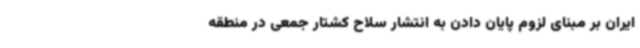
ایران بر مبنای لزوم پایان دادن به انتشار سلاح کشتار جمعی در منطقه